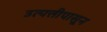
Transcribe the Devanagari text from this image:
उत्पत्तीपासून